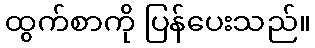
ထွက်စာကို ပြန်ပေးသည်။